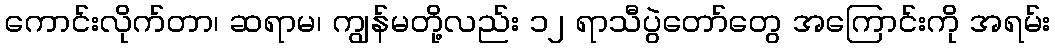
ကောင်းလိုက်တာ၊ ဆရာမ၊ ကျွန်မတို့လည်း ၁၂ ရာသီပွဲတော်တွေ အကြောင်းကို အရမ်း